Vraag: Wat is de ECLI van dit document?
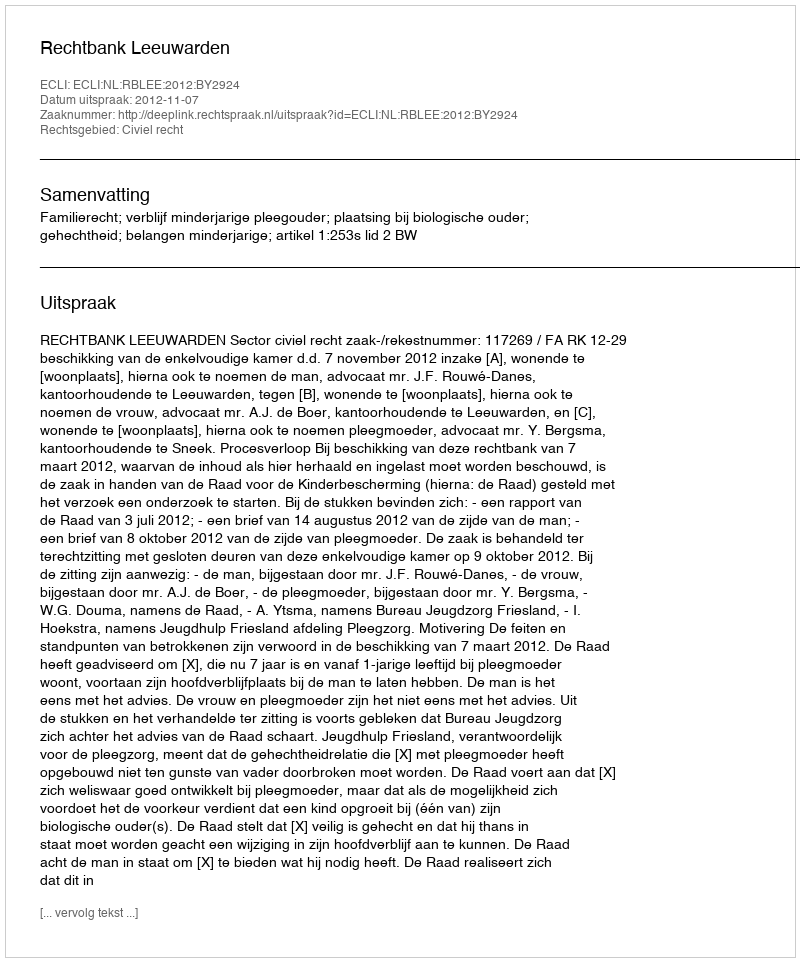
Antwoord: ECLI:NL:RBLEE:2012:BY2924